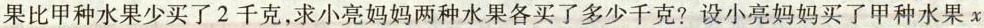
果比甲种水果少买了2千克，求小亮妈妈两种水果各买了多少千克?设小亮妈妈买了甲种水果x